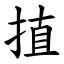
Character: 㨁